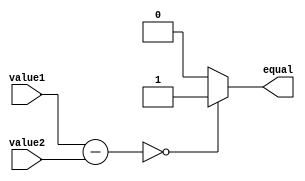
module EqualityComparator (
    input [31:0] value1,
    input [31:0] value2,
    output reg equal
);

reg [31:0] difference;

always @(*) begin
    difference = value1 - value2;
    
    if (difference == 0) begin
        equal = 1; // Values are equal
    end else begin
        equal = 0; // Values are not equal
    end
end

endmodule